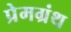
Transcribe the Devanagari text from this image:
प्रेमग्रंथ